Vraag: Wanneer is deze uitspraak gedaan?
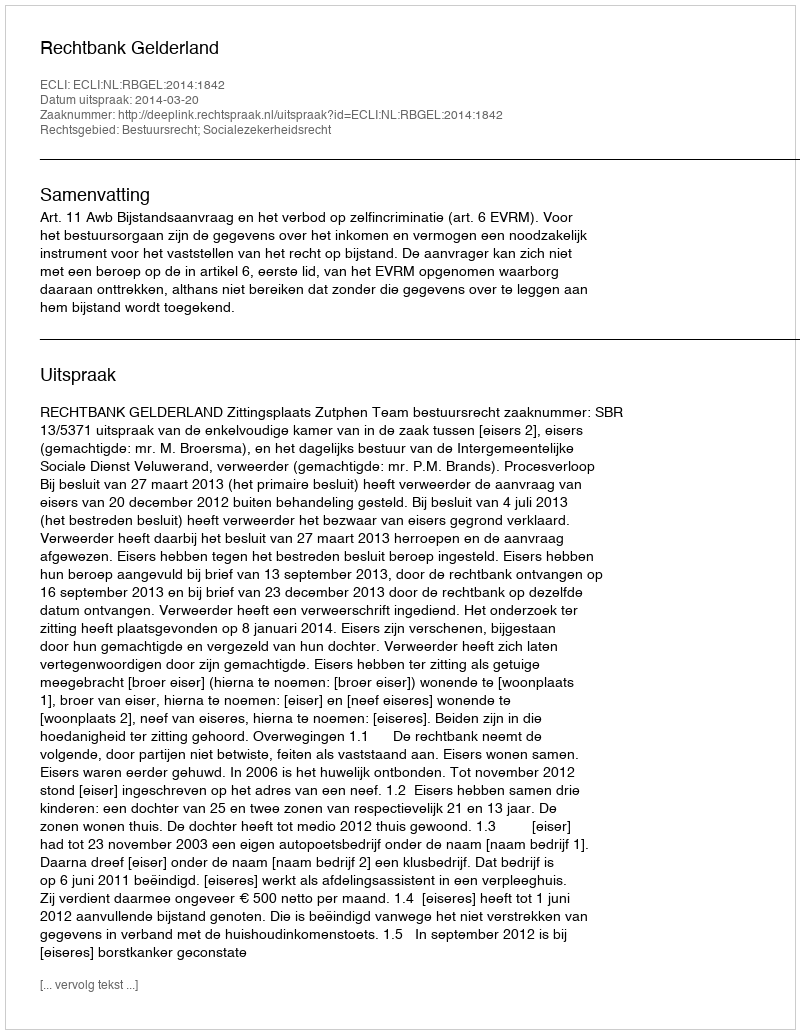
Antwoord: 2014-03-20